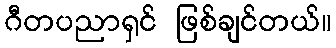
ဂီတပညာရှင် ဖြစ်ချင်တယ်။